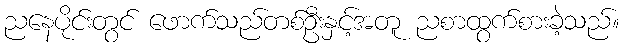
ညနေပိုင်းတွင် ဖောက်သည်တစ်ဦးနှင့်အတူ ညစာထွက်စားခဲ့သည်။